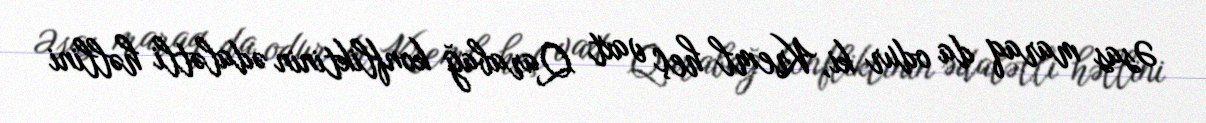
Əsas maraq da odur ki, Kreml heç vaxt Qarabağ konfliktinin ədalətli həllini